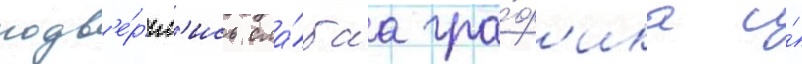
подв'е́ргл'ись сла́баа гра́ф'ика и́